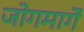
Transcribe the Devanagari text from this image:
जोगमार्गे